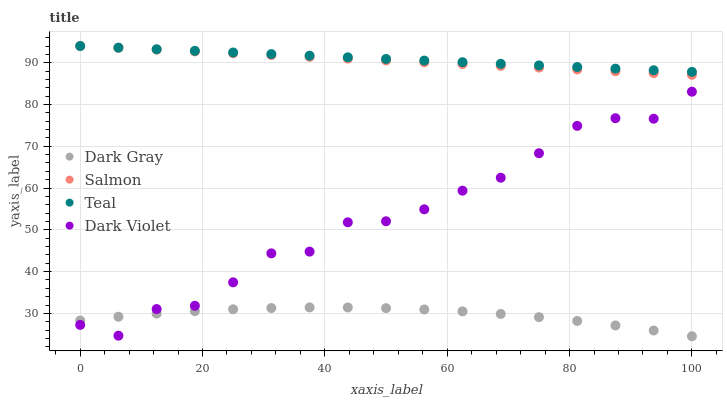
| xaxis_label | Dark Gray | Salmon | Teal | Dark Violet |
 | --- | --- | --- | --- | --- |
 | 0 | 28.3 | 94 | 94 | 27.2 |
 | 6.25 | 29.2 | 93.6 | 93.6 | 24.7 |
 | 12.5 | 29.9 | 93.1 | 93.2 | 31 |
 | 18.8 | 30.5 | 92.7 | 92.8 | 31.8 |
 | 25 | 31 | 92.3 | 92.5 | 37.4 |
 | 31.2 | 31.3 | 91.8 | 92.1 | 44.4 |
 | 37.5 | 31.4 | 91.4 | 91.7 | 44.8 |
 | 43.8 | 31.4 | 91 | 91.3 | 51.8 |
 | 50 | 31.2 | 90.6 | 90.9 | 52 |
 | 56.2 | 30.9 | 90.1 | 90.5 | 54.9 |
 | 62.5 | 30.5 | 89.7 | 90.1 | 59.4 |
 | 68.8 | 29.9 | 89.3 | 89.7 | 62.5 |
 | 75 | 29.1 | 88.8 | 89.4 | 68.3 |
 | 81.2 | 28.2 | 88.4 | 89 | 74.9 |
 | 87.5 | 27.1 | 88 | 88.6 | 76.7 |
 | 93.8 | 25.9 | 87.5 | 88.2 | 76.6 |
 | 100 | 24.5 | 87.1 | 87.8 | 83.1 |